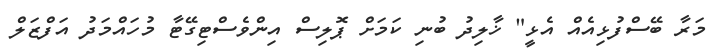
މަރާ ބޭސްފުޅިއެއް އެޅީ" ޚާލިދު ބުނި ކަމަށް ޕޮލިސް އިންވެސްޓިގޭޓާ މުހައްމަދު އަފްޒަލް